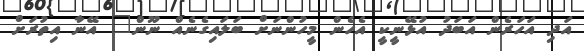
އަދި އަހަރެން އަބަދު އުޅޭނީކީ އެހެން މީހުންނަށް ބަލައިގެނެއް ނޫން" އޭނާ އިތުރަށް